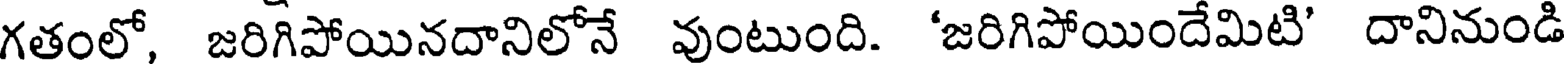
గతంలో, జరిగిపోయినదానిలోనే వుంటుంది. 'జరిగిపోయిందేమిటి' దానినుండి